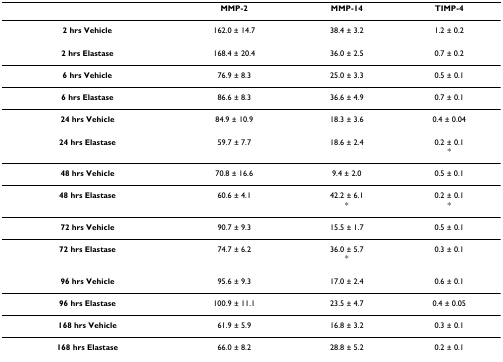
|  | MMP-2 | MMP-14 | TIMP-4 |
 | --- | --- | --- | --- |
 | 2 hrs Vehicle | 162.0 ± 14.7 | 38.4 ± 3.2 | 1.2 ± 0.2 |
 | 2 hrs Elastase | 168.4 ± 20.4 | 36.0 ± 2.5 | 0.7 ± 0.2 |
 | 6 hrs Vehicle | 76.9 ± 8.3 | 25.0 ± 3.3 | 0.5 ± 0.1 |
 | 6 hrs Elastase | 86.6 ± 8.3 | 36.6 ± 4.9 | 0.7 ± 0.1 |
 | 24 hrs Vehicle | 84.9 ± 10.9 | 18.3 ± 3.6 | 0.4 ± 0.04 |
 | 24 hrs Elastase | 59.7 ± 7.7 | 18.6 ± 2.4 | 0.2 ± 0.1* |
 | 48 hrs Vehicle | 70.8 ± 16.6 | 9.4 ± 2.0 | 0.5 ± 0.1 |
 | 48 hrs Elastase | 60.6 ± 4.1 | 42.2 ± 6.1* | 0.2 ± 0.1* |
 | 72 hrs Vehicle | 90.7 ± 9.3 | 15.5 ± 1.7 | 0.5 ± 0.1 |
 | 72 hrs Elastase | 74.7 ± 6.2 | 36.0 ± 5.7* | 0.3 ± 0.1 |
 | 96 hrs Vehicle | 95.6 ± 9.3 | 17.0 ± 2.4 | 0.6 ± 0.1 |
 | 96 hrs Elastase | 100.9 ± 11.1 | 23.5 ± 4.7 | 0.4 ± 0.05 |
 | 168 hrs Vehicle | 61.9 ± 5.9 | 16.8 ± 3.2 | 0.3 ± 0.1 |
 | 168 hrs Elastase | 66.0 ± 8.2 | 28.8 ± 5.2 | 0.2 ± 0.1 |